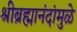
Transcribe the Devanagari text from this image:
श्रीब्रह्मानंदांमुळे